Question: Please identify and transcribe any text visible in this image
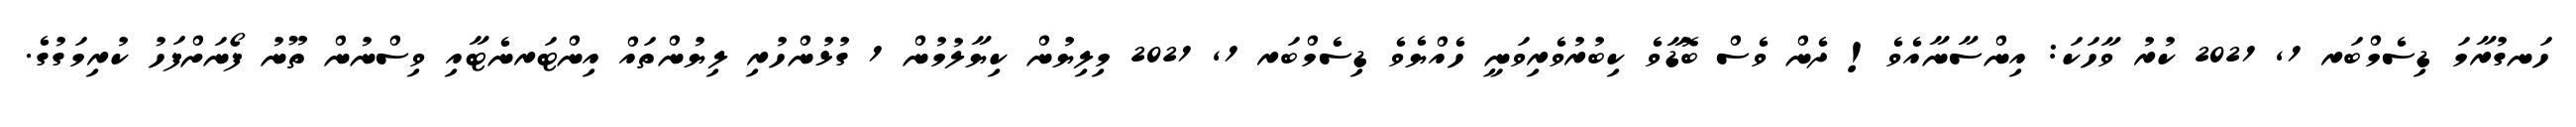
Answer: ހަނގުރާމަ ޑިސެމްބަރ 1, 2021 ކުރު ވާހަކަ: އިންސާނާއެވެ! ދެން ވެސް ބޮޑާވެ ކިބުރުވެރިވަނީ ހެއްޔެވެ ޑިސެމްބަރ 1, 2021 މިލިޔުން ކިޔާލުމުން 1 ގުޅުންހުރި ލިޔުންތައް އިންޓަރނެޓާއި ވިސްނުން ތޫނު ފޯނަށްފަހު ކުރިމަގުގެ.